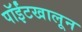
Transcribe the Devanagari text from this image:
पॉईंटखालून